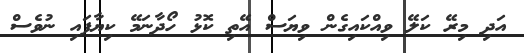
އަދި މިރޭ ކަލޭ ވިއްކައިގެން ވިޔަސް އޭތި ކޮޅު ހޯދާނަމޭ ކިޔާފައި ނުވެސް